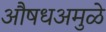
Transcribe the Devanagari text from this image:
औषधअमुळे